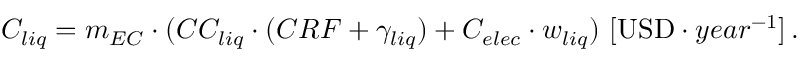
C _ { l i q } = m _ { E C } \cdot ( C C _ { l i q } \cdot ( C R F + \gamma _ { l i q } ) + C _ { e l e c } \cdot w _ { l i q } ) \ [ \mathrm { U S D } \cdot y e a r ^ { - 1 } ] \, .